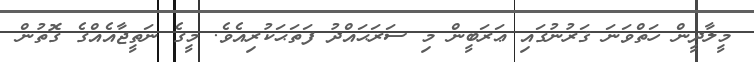
މީލާދީން ހަތްވަނަ ޤަރުނުގައި ޢަރަބީން މި ސަރަޙައްދު ފަތަޙަކުރިއެވެ. މީގެ ނަތީޖާއެއްގެ ގޮތުން